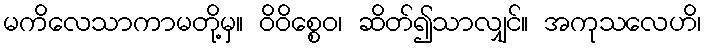
မကိလေသာကာမတို့မှ။ ဝိဝိစ္စေဝ၊ ဆိတ်၍သာလျှင်။ အကုသလေဟိ၊